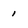
Character: i